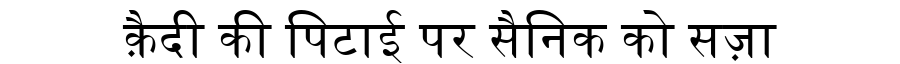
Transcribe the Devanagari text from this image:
क़ैदी की पिटाई पर सैनिक को सज़ा